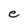
Character: e